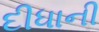
દીધાની